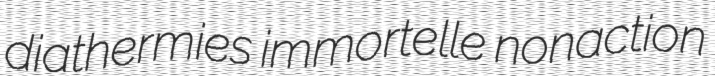
diathermies immortelle nonaction